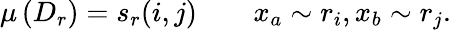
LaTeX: \mu\left(D_{r}\right)=s_{r}(i,j)\qquad x_{a}\sim r_{i},x_{b}\sim r_{j}.